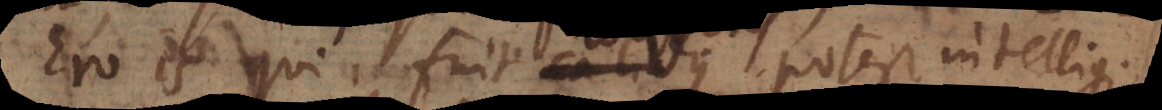
Ero is qui fuit calidus potest intelligi